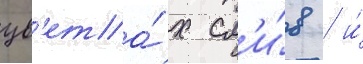
цв'ета́х сл'и́в / и́